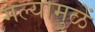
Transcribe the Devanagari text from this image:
गेल्यामुळें